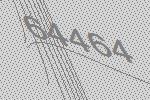
64464